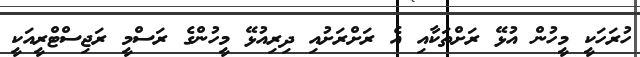
ހުރަހަކީ މީހުން އުޅޭ ރަށްތަކާއި އެ ރަށްރަށުއި ދިރިއުޅޭ މީހުންގެ ރަސްމީ ރަޖިސްޓްރީއަކީ